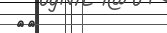
٣٥